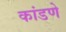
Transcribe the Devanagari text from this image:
कांडणे